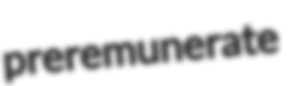
preremunerate